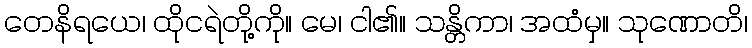
တေနိရယေ၊ ထိုငရဲတို့ကို။ မေ၊ ငါ၏။ သန္တိကာ၊ အထံမှ။ သုဏောတိ၊